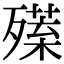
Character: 𣩣